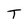
Character: T